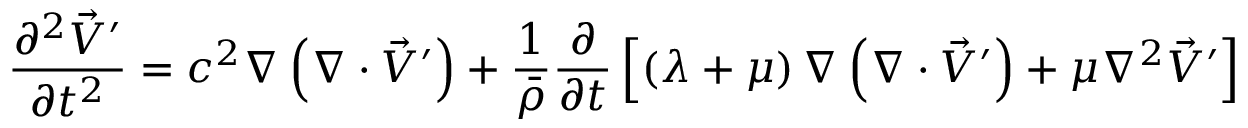
\frac { \partial ^ { 2 } \vec { V } ^ { \prime } } { \partial t ^ { 2 } } = c ^ { 2 } \nabla \left( \nabla \cdot \vec { V } ^ { \prime } \right) + \frac { 1 } { \bar { \rho } } \frac { \partial } { \partial t } \left[ \left( \lambda + \mu \right) \nabla \left( \nabla \cdot \vec { V } ^ { \prime } \right) + \mu \nabla ^ { 2 } \vec { V } ^ { \prime } \right]